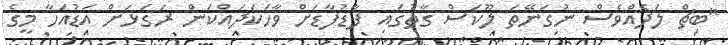
"ބިޗް ލަދެއްވެސް ނުގަނޭތަ ލޫކަސް ގާތުގައި ފާޑުފާޑަށް ވާހަކަދައްކަން ރަގަޅަށް އަޑުއަހާ މީގެ